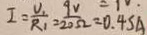
I = \frac { U _ { 1 } } { R _ { 1 } } = \frac { 9 V } { 2 0 \Omega } = 0 . 4 S A